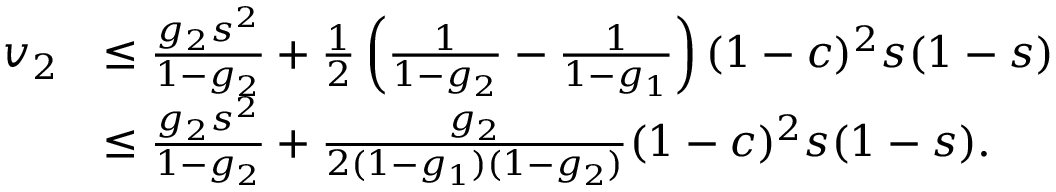
\begin{array} { r l } { v _ { 2 } } & { \leq \frac { g _ { 2 } s ^ { 2 } } { 1 - g _ { 2 } } + \frac { 1 } { 2 } \left( \frac { 1 } { 1 - g _ { 2 } } - \frac { 1 } { 1 - g _ { 1 } } \right) ( 1 - c ) ^ { 2 } s ( 1 - s ) } \\ & { \leq \frac { g _ { 2 } s ^ { 2 } } { 1 - g _ { 2 } } + \frac { g _ { 2 } } { 2 ( 1 - g _ { 1 } ) ( 1 - g _ { 2 } ) } ( 1 - c ) ^ { 2 } s ( 1 - s ) . } \end{array}